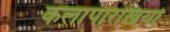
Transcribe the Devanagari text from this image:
कलापारखियों